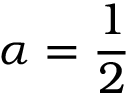
\alpha = \frac 1 2